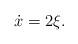
LaTeX: \begin{align*}\dot x = 2 \xi.\end{align*}